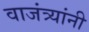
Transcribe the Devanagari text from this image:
वाजंत्र्यांनी